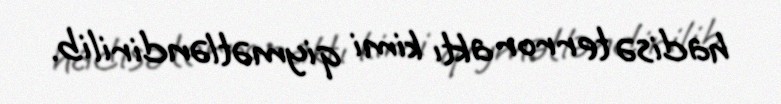
hadisə terror aktı kimi qiymətləndirilib.